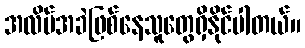
အလိပ်အခဲဖြစ်နေသူတွေရှိနိုင်ပါတယ်။